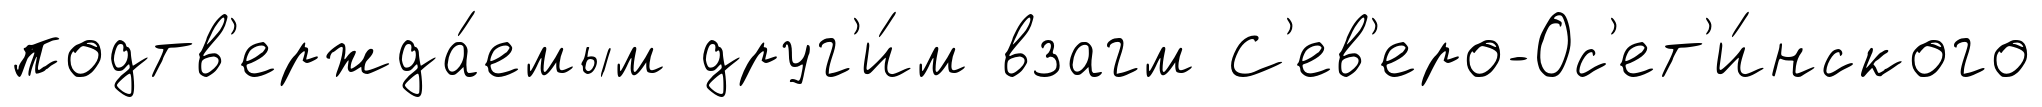
подтв'ержда́емым друг'и́м взагм С'ев'еро-Ос'ет'и́нского